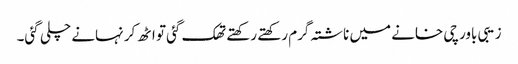
زیبی باورچی خانے میں ناشتہ گرم رکھتے رکھتے تھک گئی تو اٹھ کر نہانے چلی گئی۔